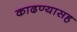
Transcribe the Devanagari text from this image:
काढण्यासह